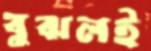
বুঝলই